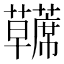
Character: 𫊘